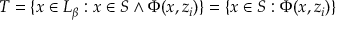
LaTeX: T = \{ x \in L _ { \beta } : x \in S \wedge \Phi ( x , z _ { i } ) \} = \{ x \in S : \Phi ( x , z _ { i } ) \}